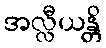
အလ္လီယန္တိ